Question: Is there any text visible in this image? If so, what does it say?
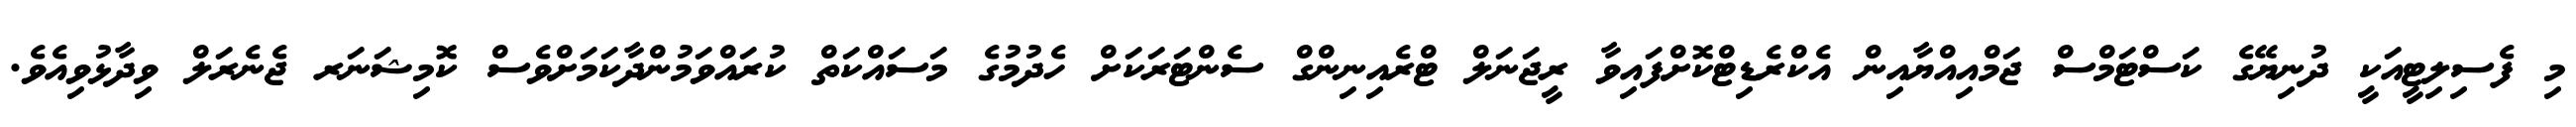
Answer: މި ފެސިލިޓީއަކީ ދުނިޔޭގެ ކަސްޓަމްސް ޖަމްއިއްޔާއިން އެކްރެޑިޓްކޮށްފައިވާ ރީޖަނަލް ޓްރެއިނިންގް ސެންޓަރަކަށް ހެދުމުގެ މަސައްކަތް ކުރައްވަމުންދާކަމަށްވެސް ކޮމިޝަނަރ ޖެނެރަލް ވިދާޅުވިއެވެ.